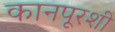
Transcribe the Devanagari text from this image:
कानपूरशी